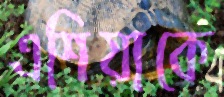
এশিয়াকে